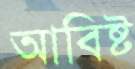
আবিষ্ট